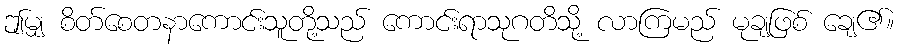
ဤမျှ စိတ်စေတနာကောင်းသူတို့သည် ကောင်းရာသုဂတိသို့ လာကြမည် မုချဖြစ် ချေ၏။